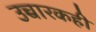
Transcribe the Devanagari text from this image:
उच्चारकही